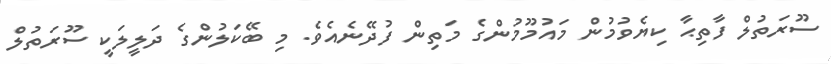
ސޫރަތުލް ފާތިޙާ ކިޔެވުމުން މައުމޫމުންގެ މަތިން ފުދޭނެއެވެ. މި ބޭކަލުންގެ ދަލީލަކީ ސޫރަތުލް